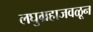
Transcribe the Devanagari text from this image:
लघुग्रहाजवळून